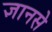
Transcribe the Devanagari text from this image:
ज्ञानसे